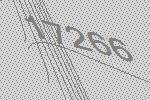
17266